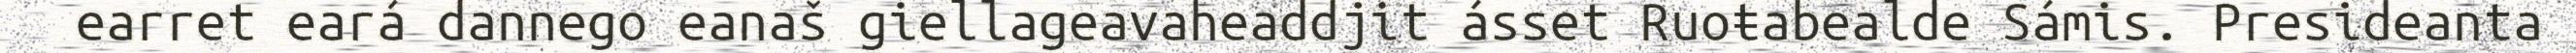
earret eará dannego eanaš giellageavaheaddjit ásset Ruoŧabealde Sámis. Presideanta